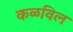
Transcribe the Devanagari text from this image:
कळविल